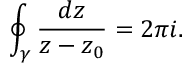
\oint _ { \gamma } { \frac { d z } { z - z _ { 0 } } } = 2 \pi i .